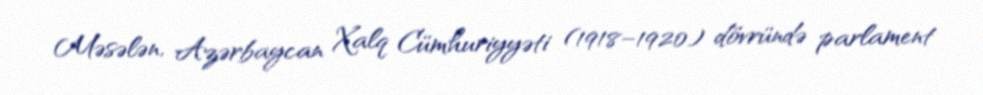
Məsələn, Azərbaycan Xalq Cümhuriyyəti (1918–1920) dövründə parlament